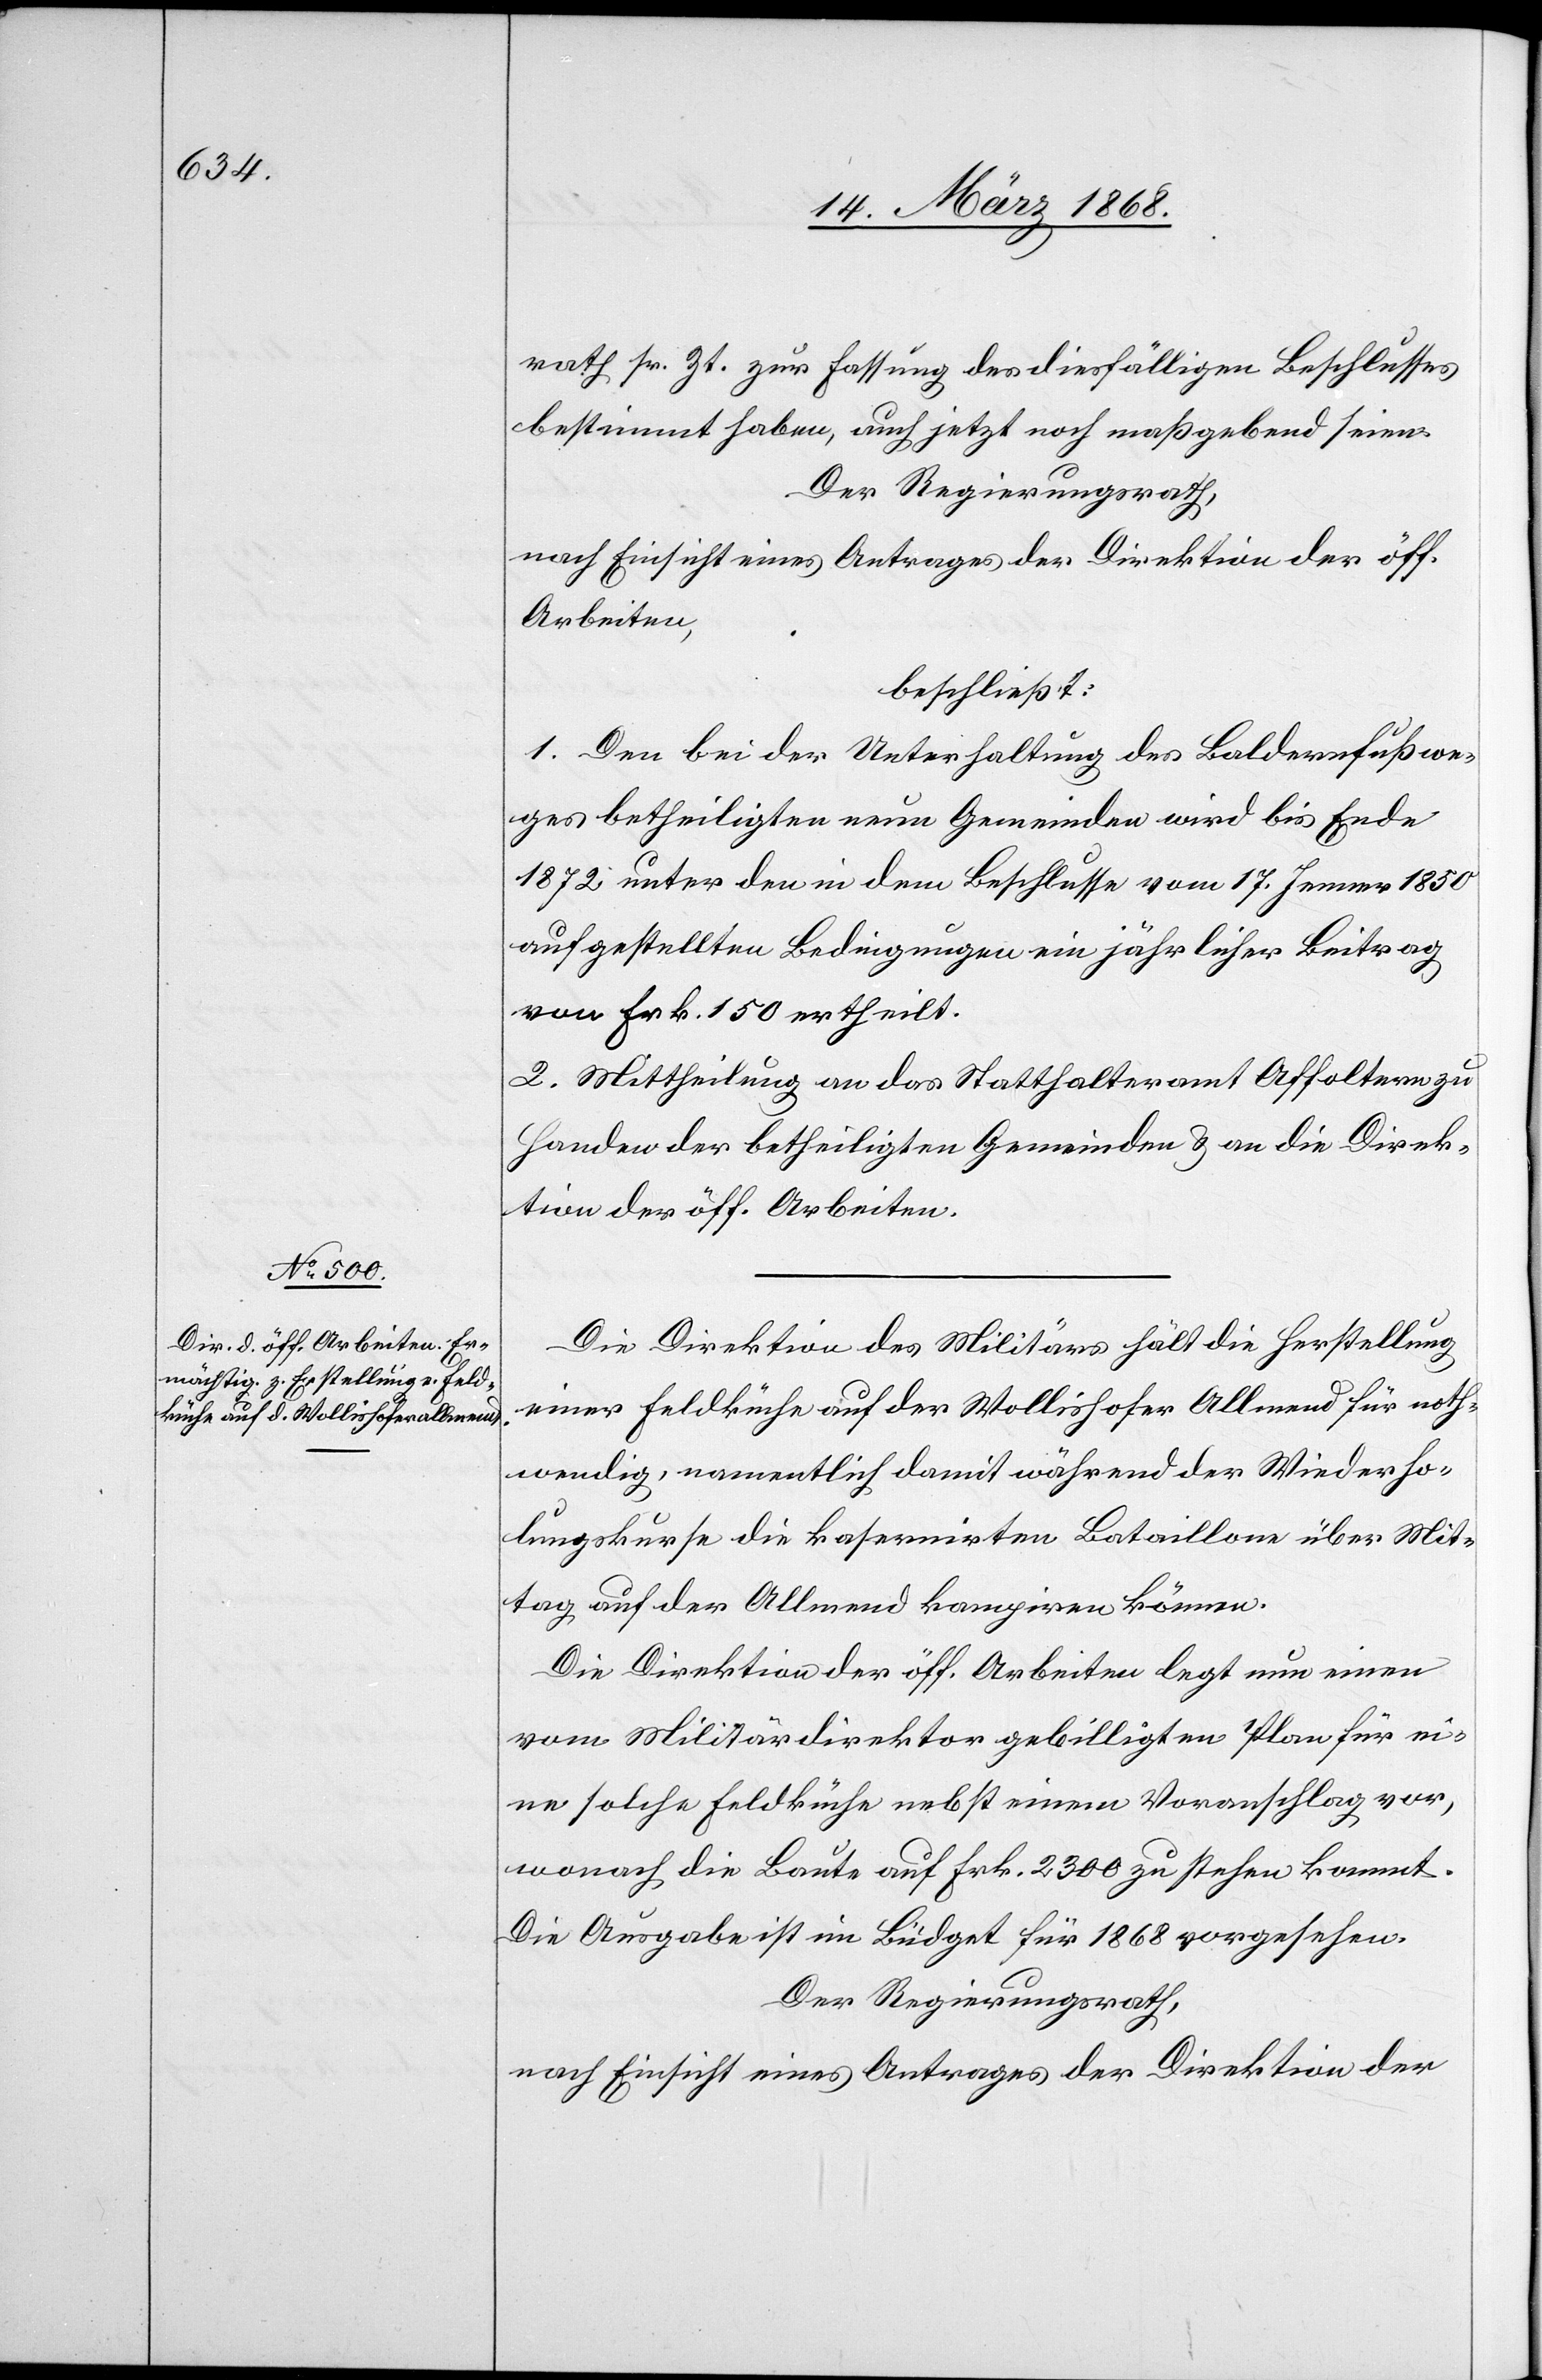
rath sr. Zt. zur Fassung des diesfälligen Beschlusses
bestimmt haben, auch jetzt noch maßgebend seien.
Der Regierungsrath,
nach Einsicht eines Antrages der Direktion der öff.
Arbeiten,
beschließt:
1. Den bei der Unterhaltung des Baldernfußwe¬
ges betheiligten neun Gemeinden wird bis Ende
1872 unter den in dem Beschlusse vom 17. Jenner 1850
aufgestellten Bedingungen ein jährlicher Beitrag
von Frk. 150 ertheilt.
2. Mittheilung an das Statthalteramt Affoltern zu
Handen der betheiligten Gemeinden & an die Direk¬
tion der öff. Arbeiten.
Die Direktion des Militärs hält die Herstellung
einer Feldküche auf der Wollishofer Allmend für noth¬
wendig, namentlich damit während der Wiederho¬
lungskurse die kasernirten Bataillone über Mit¬
tag auf der Allmend kampiren können.
Die Direktion der öff. Arbeiten legt nun einen
vom Militärdirektor gebilligten Plan für ei¬
ne solche Feldküche nebst einem Voranschlag vor,
wonach die Baute auf Frk. 2300 zu stehen kommt.
Die Ausgabe ist im Büdget für 1868 vorgesehen.
Der Regierungsrath,
nach Einsicht eines Antrages der Direktion der